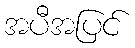
အပီအပြင်